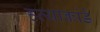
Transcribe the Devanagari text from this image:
हत्याकांडे